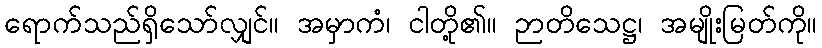
ရောက်သည်ရှိသော်လျှင်။ အမှာကံ၊ ငါတို့၏။ ဉာတိသေဋ္ဌ၊ အမျိုးမြတ်ကို။